Indian Medical Review
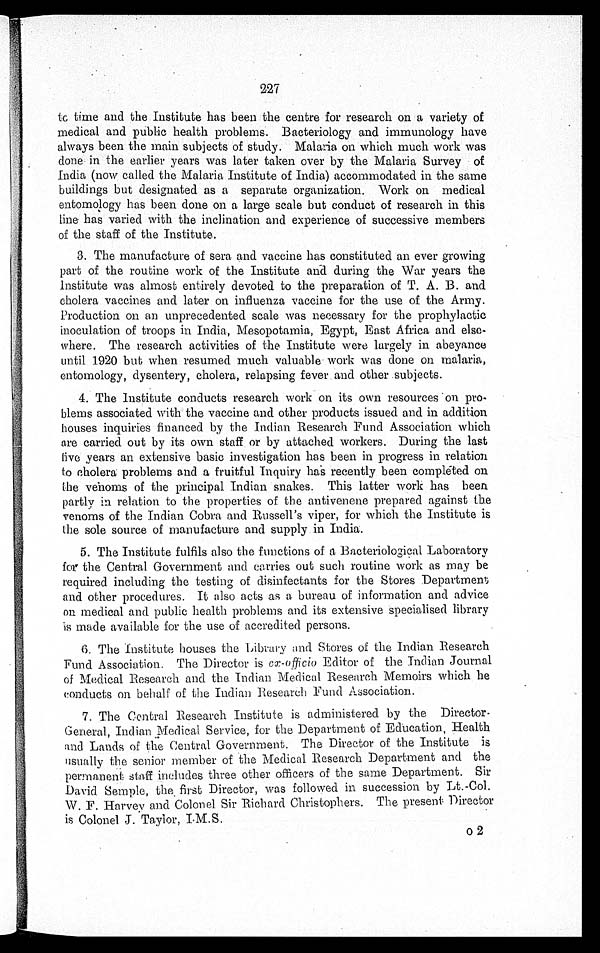
227
to time and the Institute has been the centre for research on a variety of
medical and public health problems. Bacteriology and immunology have
always been the main subjects of study. Malaria on which much work was
done in the earlier years was later taken over by the Malaria Survey of
India (now called the Malaria Institute of India) accommodated in the same
buildings but designated as a separate organization. Work on medical
entomology has been done on a large scale but conduct of research in this
line has varied with the inclination and experience of successive members
of the staff of the Institute.
3. The manufacture of sera and vaccine has constituted an ever growing
part of the routine work of the Institute and during the War years the
Institute was almost entirely devoted to the preparation of T. A. B. and
cholera vaccines and later on influenza vaccine for the use of the Army.
Production on an unprecedented scale was necessary for the prophylactic
inoculation of troops in India, Mesopotamia, Egypt, East Africa and else-
where. The research activities of the Institute were largely in abeyance
until 1920 but when resumed much valuable work was done on malaria,
entomology, dysentery, cholera, relapsing fever and other subjects.
4. The Institute conducts research work on its own resources on pro-
blems associated with the vaccine and other products issued and in addition
houses inquiries financed by the Indian Research Fund Association which
are carried out by its own staff or by attached workers. During the last
five years an extensive basic investigation has been in progress in relation
to cholera problems and a fruitful Inquiry ha recently been completed on
the venoms of the principal Indian snakes. This latter work has been
partly in relation to the properties of the antivenene prepared against the
venoms of the Indian Cobra and Russell's viper, for which the Institute is
the sole source of manufacture and supply in India.
5. The Institute fulfils also the functions of a Bacteriological Laboratory
for the Central Government and carries out such routine work as may be
required including the testing of disinfectants for the Stores Department
and other procedures. It also acts as a bureau of information and advice
on medical and public health problems and its extensive specialised library
is made available for the use of accredited persons.
6. The Institute houses the Library and Stores of the Indian Research
Fund Association. The Director is ex-officio Editor of the Indian Journal
of Medical Research and the Indian Medical Research Memoirs which he
conducts on behalf of the Indian Research Fund Association.
7. The Central Research Institute is administered by the Director-
General, Indian Medical Service, for the Department of Education, Health
and Lands of the Central Government. The Director of the Institute is
usually the senior member of the Medical Research Department and the
permanent staff includes three other officers of the same Department. Sir
David Semple, the first Director, was followed in succession by Lt.-Col.
W. F. Harvey and Colonel Sir Richard Christophers. The present Director
is Colonel J. Taylor, I.M.S. 0 2